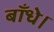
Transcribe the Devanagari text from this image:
बाँधे।